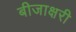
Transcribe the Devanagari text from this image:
बीजाक्षरी